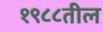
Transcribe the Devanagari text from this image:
१९८८तील